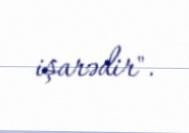
işarədir".